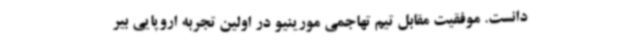
دانست. موفقیت مقابل تیم تهاجمی مورینیو در اولین تجربه اروپایی بیر